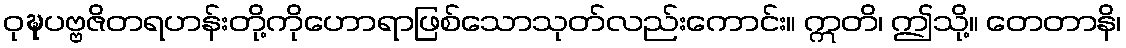
ဝုဍ္ဎပဗ္ဗဇိတရဟန်းတို့ကိုဟောရာဖြစ်သောသုတ်လည်းကောင်း။ ဣတိ၊ ဤသို့။ တေတာနိ၊